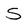
Character: s